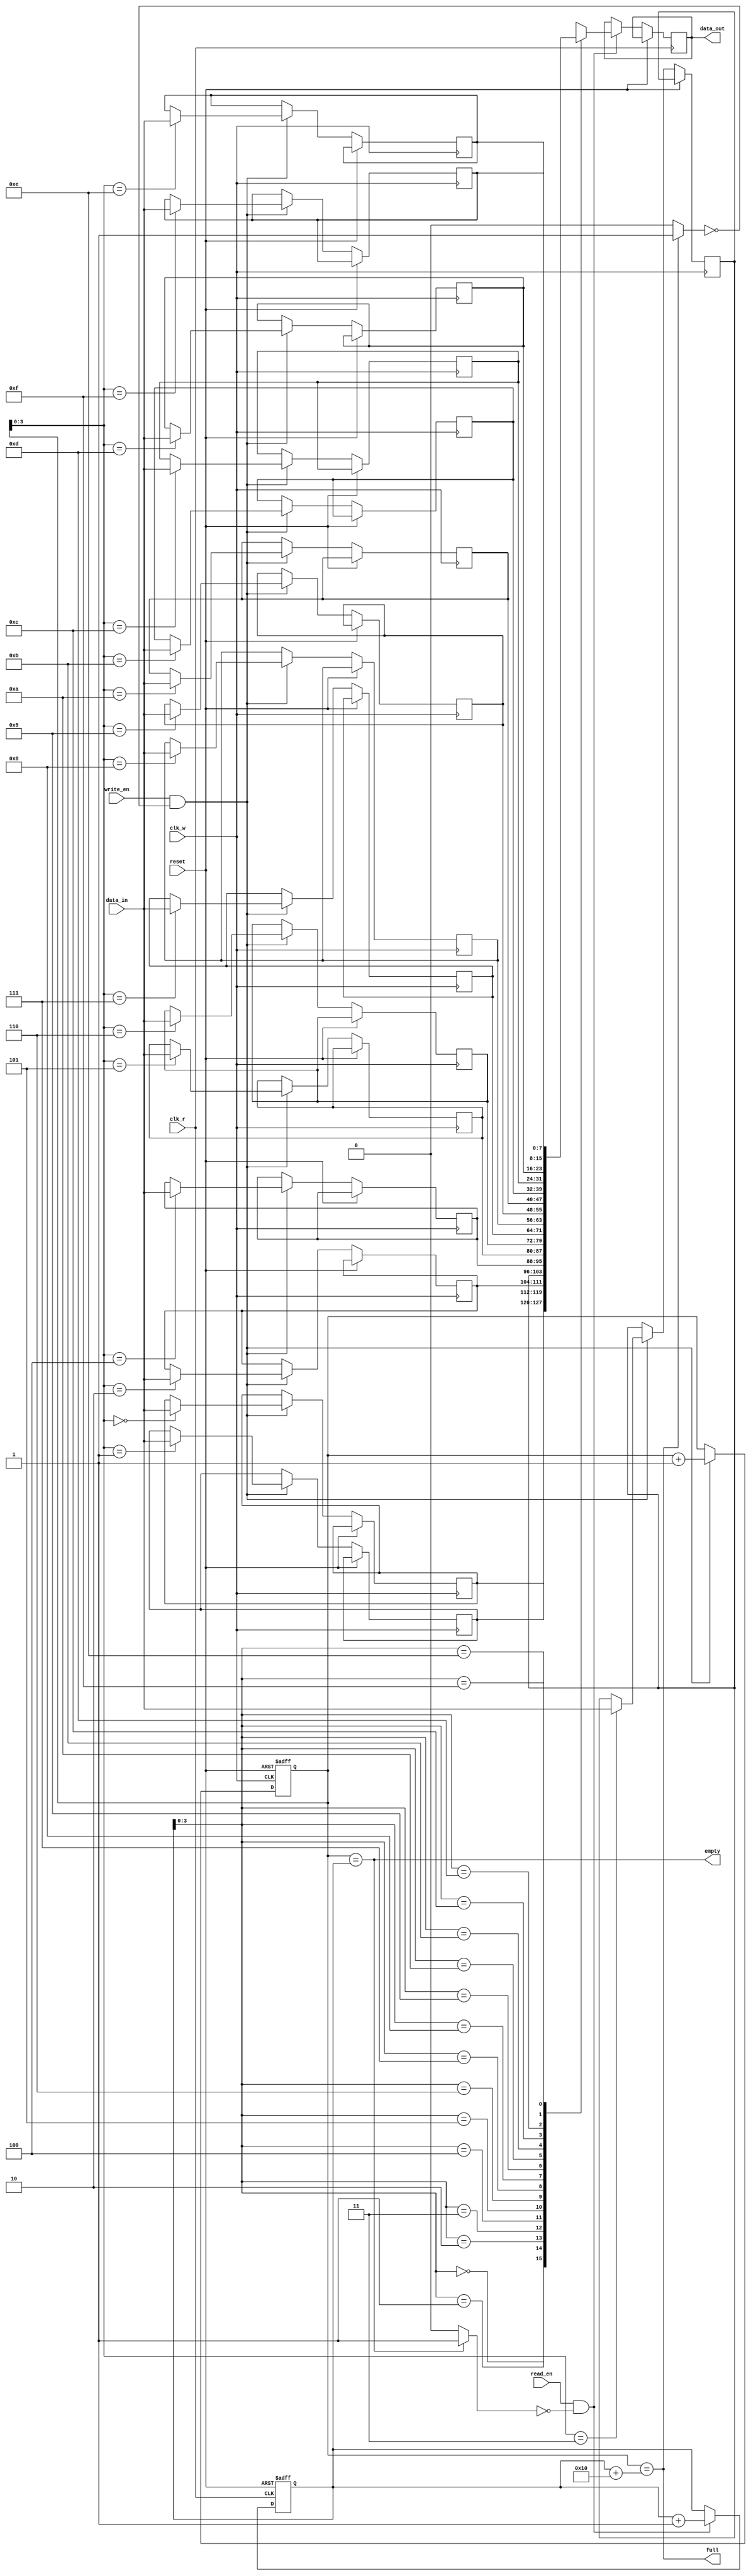
module fifo_buffer (
    input wire clk_w, // write clock
    input wire clk_r, // read clock
    input wire reset,
    
    input wire write_en, // write enable signal
    input wire read_en, // read enable signal
    input wire [DATA_WIDTH-1:0] data_in, // input data to be written
    output reg [DATA_WIDTH-1:0] data_out, // output read data
    output wire full, // buffer full signal
    output wire empty // buffer empty signal
);

parameter DEPTH = 16; // depth of the FIFO buffer
parameter DATA_WIDTH = 8; // data width of the FIFO buffer

reg [DATA_WIDTH-1:0] fifo [DEPTH-1:0];
reg [DATA_WIDTH-1:0] read_ptr, write_ptr;
reg full_reg, empty_reg;

// Write logic
always @(posedge clk_w or posedge reset) begin
    if (reset) begin
        write_ptr <= 0;
    end else if (write_en && !full_reg) begin
        fifo[write_ptr] <= data_in;
        write_ptr <= write_ptr + 1;
    end
end

// Read logic
always @(posedge clk_r or posedge reset) begin
    if (reset) begin
        read_ptr <= 0;
    end else if (read_en && !empty_reg) begin
        data_out <= fifo[read_ptr];
        read_ptr <= read_ptr + 1;
    end
end

// Full and empty logic
assign full = (write_ptr == read_ptr + DEPTH);
assign empty = (write_ptr == read_ptr);

// Update full and empty status
always @(*) begin
    if (write_ptr == read_ptr + DEPTH) begin
        full_reg = 1;
    end else begin
        full_reg = 0;
    end

    if (write_ptr == read_ptr) begin
        empty_reg = 1;
    end else begin
        empty_reg = 0;
    end
end

endmodule